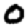
Digit: 0